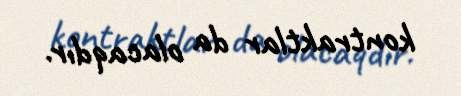
kontraktlar da olacaqdır.